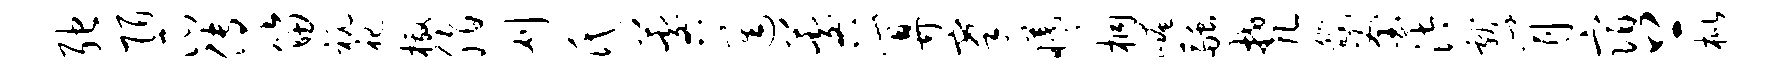
弛陌瓜传笛秘祀檄脂刈氏晷进晷算搴曦桐崦融梵畿釜汰献肖宿上枇